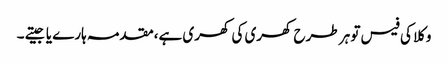
وکلا کی فیس تو ہر طرح کھری کی کھری ہے،مقدمہ ہارے یا جیتے ۔